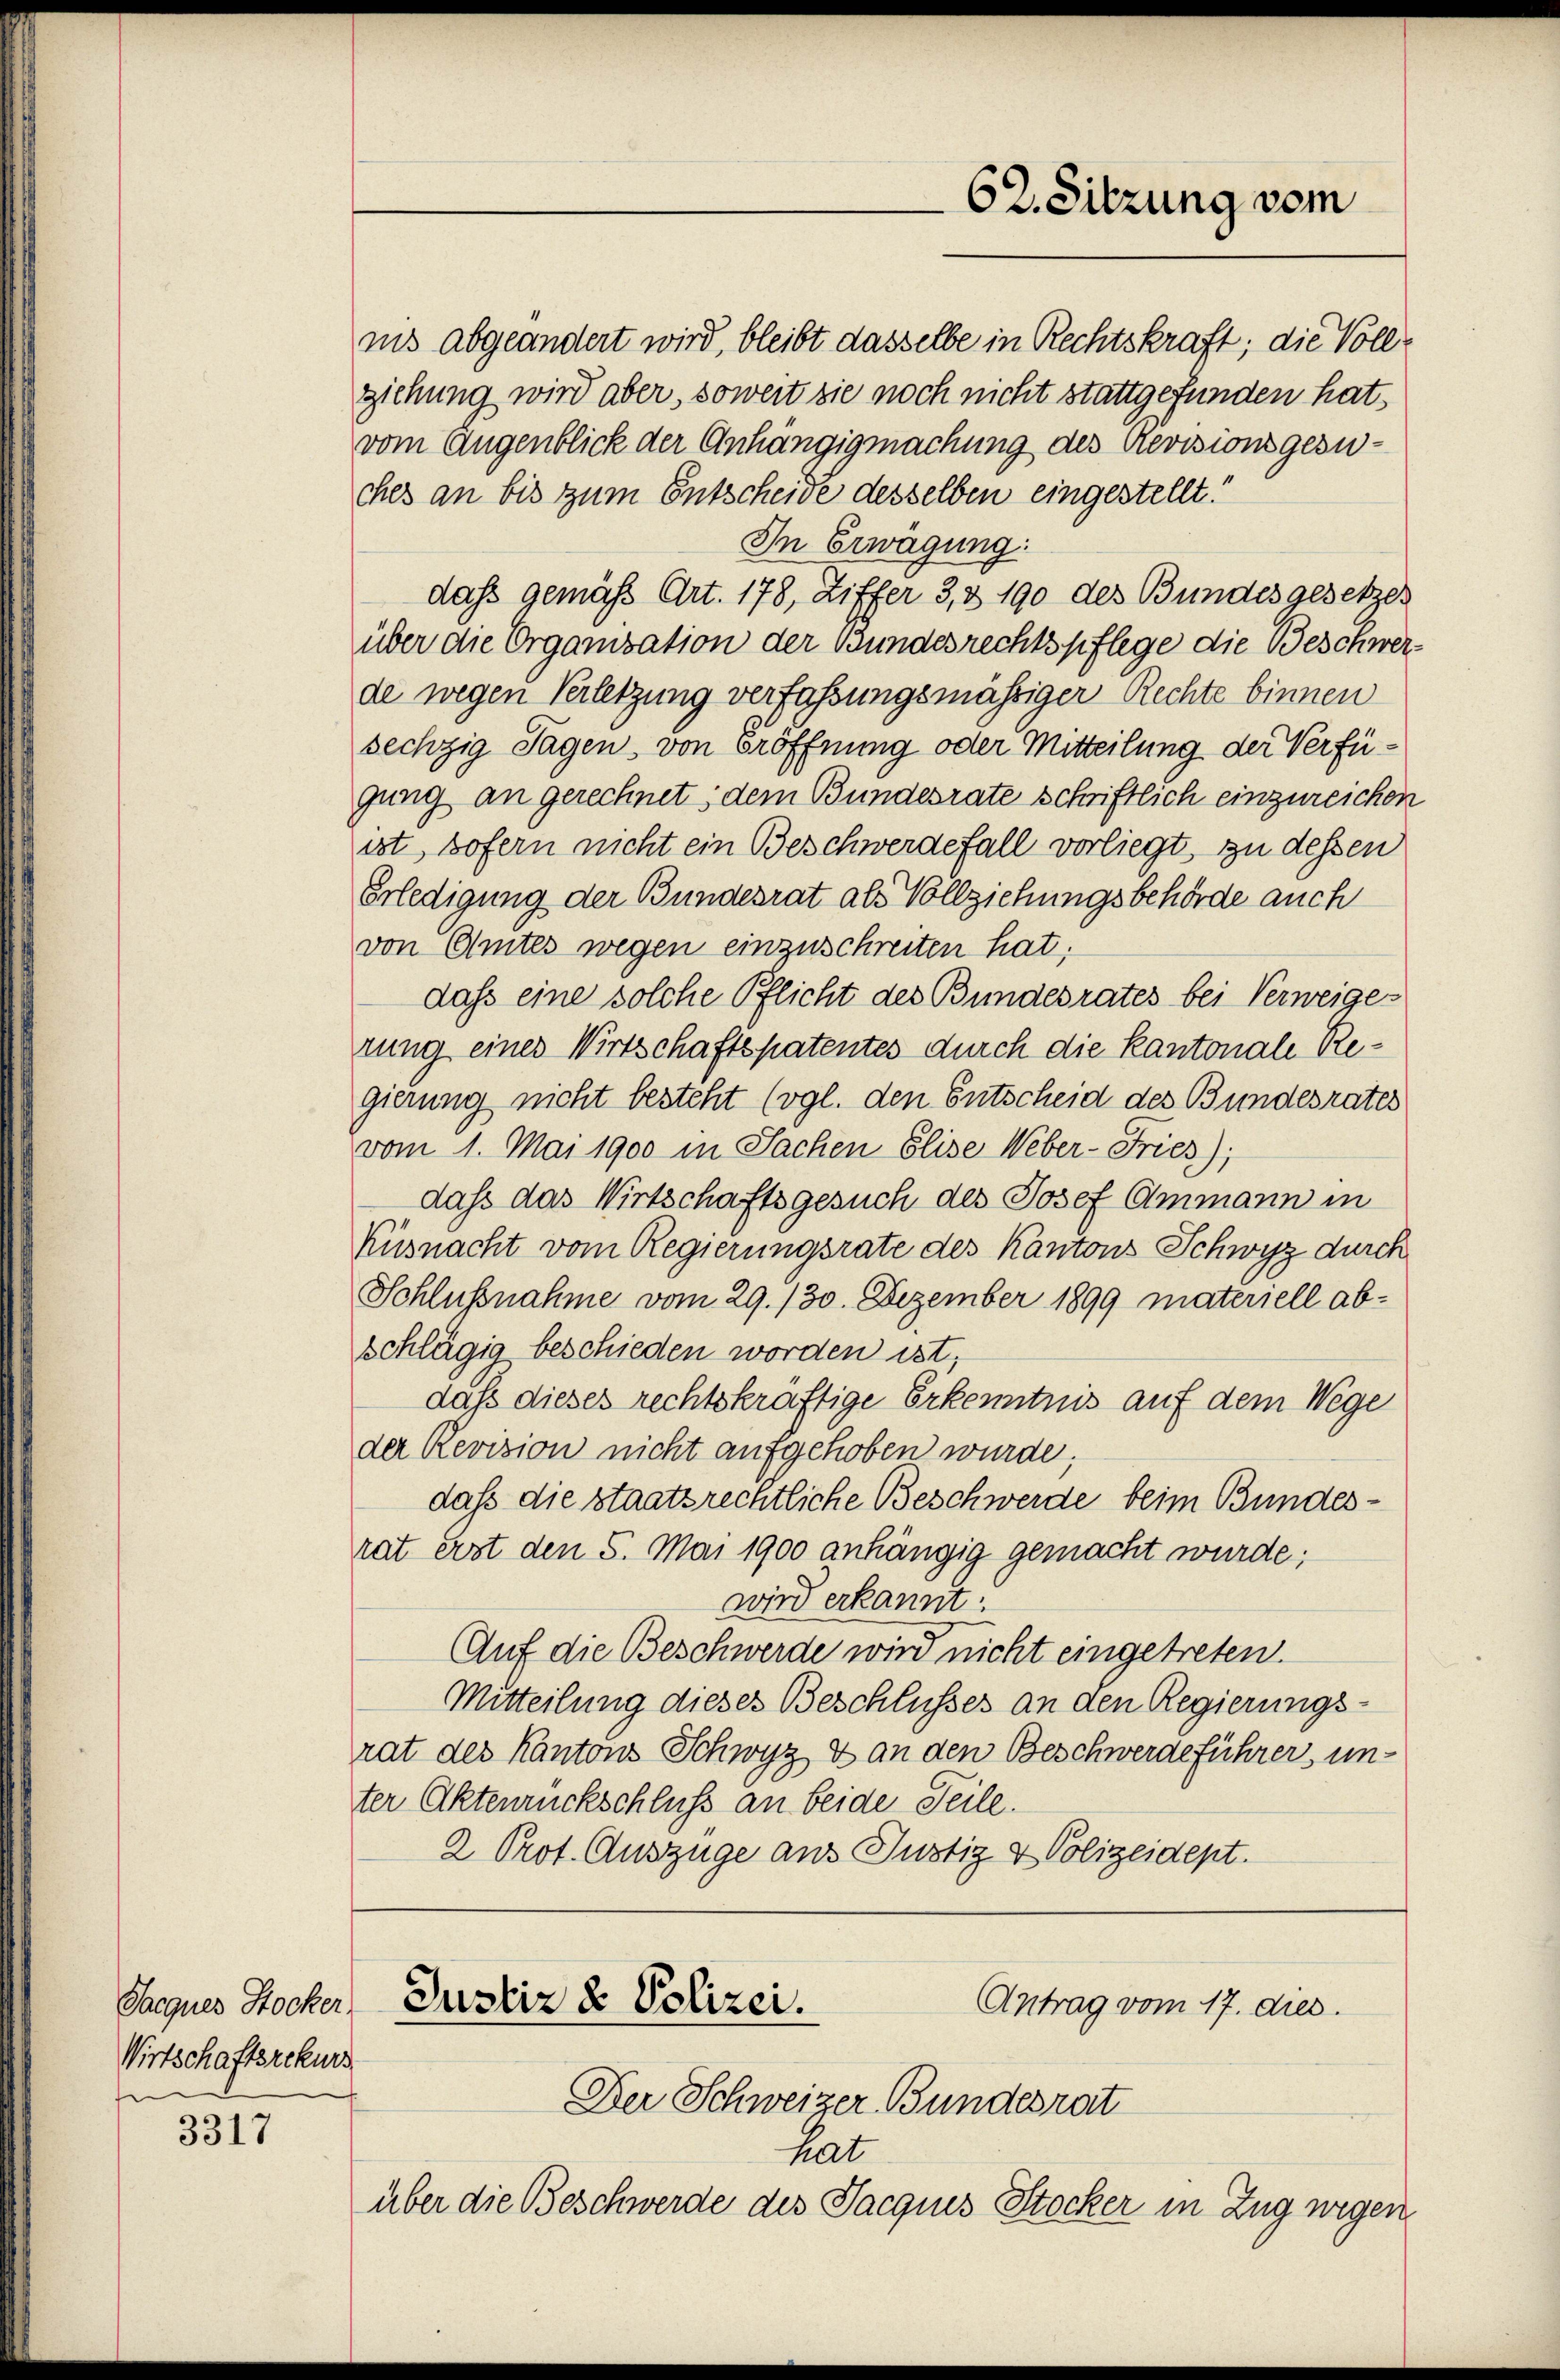
Sacques Stocker
Wirtschaftsrekurs
t

3317

vom Augenblick der Anhängigmachung des Revisionsgesuches an bis zum Entscheide desselben eingestellt.
In Erwägung:
dass gemäß Art. 178, Ziffer 3, 190 des Bundes gesetzes
über die Organisation der Bundesrechtspflege die Beschwerde wegen Verletzung verfassungsmässiger Rechte binnen
sechzig Tagen, von Eröffnung oder Mitteilung der Verfügung an gerechnet; dem Bundesrate schriftlich einzureichen
ist, sofern nicht ein Beschwerdefall vorliegt, zu dessen
Erledigung der Bundesrat als Vollziehungsbehörde auch
von Amtes wegen einzuschreiten hat;
daß eine solche Pflicht des Bundesrates bei Verweiges
rung eines Wirtschaftspatentes durch die Kantonale Regierung nicht besteht (vgl. den Entscheid des Bundesrates
vom 1. Mai 1900 in Sachen Elise Weber-Fries);
daß das Wirtschaftsgesuch des Josef Ammann in
Küsnacht vom Regierungsrate des Kantons Schwyz durch
Schlußnahme vom 29./30. Dezember 1899 materiell ab-
schlägig beschieden worden ist;
daß dieses rechtskräftige Erkenntnis auf dem Wege
der Revision nicht aufgehoben wurde;
daß die staatsrechtliche Beschwerde beim Bundesrat erst den 5. Mai 1900 anhängig gemacht wurde;
wird erkannt.
Auf die Beschwerde wird nicht eingetreten.
Mitteilung dieses Beschlusses an den Regierungsrat des Kantons Schwyz & an den Beschwerdeführer unter Aktenrückschluss an beide Teile.
2 Prot. Auszüge aus Justiz & Polizeidept.

iis abgeändert wird, bleibt dasselbe in Rechtskraft; die Vollziehung wird aber, soweit sie noch nicht stattgefunden hat,

nat
über die Beschwerde des Jacquis Stocker in Zug wegen

Justiz & Polizei.
Antrag vom 17. dies.
Der Schweizer Bundesrat

62. Sitzung vom